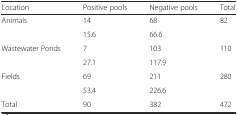
<table><thead><tr><td><b>Location</b></td><td><b>Positive pools</b></td><td><b>Negative pools</b></td><td><b>Total</b></td></tr></thead><tbody><tr><td>Animals</td><td>14</td><td>68</td><td>82</td></tr><tr><td></td><td>15.6</td><td>66.6</td><td></td></tr><tr><td>Wastewater Ponds</td><td>7</td><td>103</td><td>110</td></tr><tr><td></td><td>27.1</td><td>117.9</td><td></td></tr><tr><td>Fields</td><td>69</td><td>211</td><td>280</td></tr><tr><td></td><td>53.4</td><td>226.6</td><td></td></tr><tr><td>Total</td><td>90</td><td>382</td><td>472</td></tr></tbody></table>